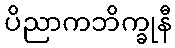
ပိညာကဘိက္ခုနီ